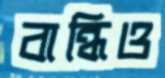
বান্ধিও